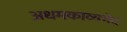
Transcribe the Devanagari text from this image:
अधमकाव्यभेद